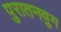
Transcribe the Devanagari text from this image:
पुरातनयुग